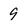
Character: 9